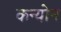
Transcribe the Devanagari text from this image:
कन्योन